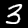
Label: 3